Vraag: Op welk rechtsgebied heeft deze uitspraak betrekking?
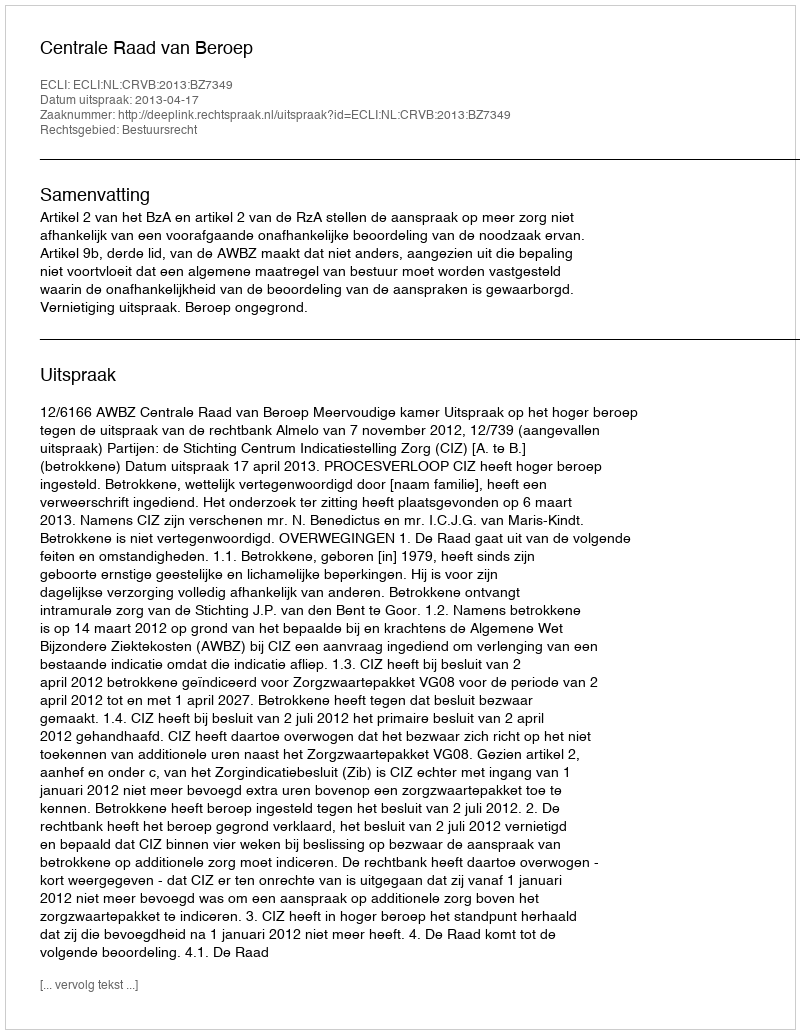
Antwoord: Bestuursrecht